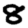
Digit: 8